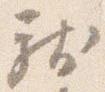
献